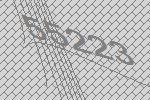
55223